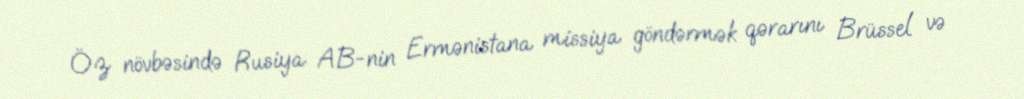
Öz növbəsində Rusiya AB-nin Ermənistana missiya göndərmək qərarını Brüssel və